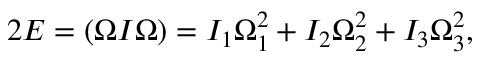
\begin{array} { r } { 2 E = ( \boldsymbol { \Omega } I \boldsymbol { \Omega } ) = I _ { 1 } \Omega _ { 1 } ^ { 2 } + I _ { 2 } \Omega _ { 2 } ^ { 2 } + I _ { 3 } \Omega _ { 3 } ^ { 2 } , } \end{array}